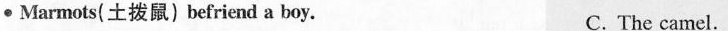
●Mar mots(土拨鼠)befriend a boy. C. The camel.